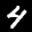
Label: 4